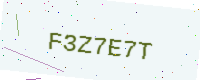
Text: F3Z7E7T